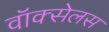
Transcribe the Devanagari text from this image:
वॉक्सेलस